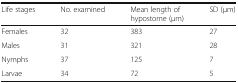
| Life stages | No. examined | Mean length of hypostome (μm) | SD (μm) |
 | --- | --- | --- | --- |
 | Females | 32 | 383 | 27 |
 | Males | 31 | 321 | 28 |
 | Nymphs | 37 | 125 | 7 |
 | Larvae | 34 | 72 | 5 |